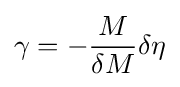
\gamma =-{\frac {M}{\delta M}}\delta \eta